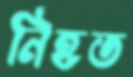
নিহত